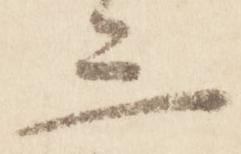
三